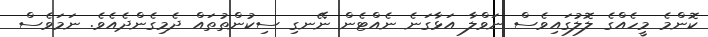
ކޮންމެ މީހެއްގެ ލޮލުގައިވެސް ނަވްލާ އަޅާގަނެ ނެއްޓެން ނޭނގި ސިކުންތުތައް ދެމިގެންދެއެވެ. ނަމަވެސް